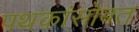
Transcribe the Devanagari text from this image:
पथकांसोबत